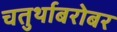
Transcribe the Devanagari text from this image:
चतुर्थाबरोबर